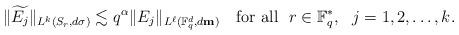
LaTeX: \begin{align*}\|\widetilde{E_j}\|_{L^{k}(S_r, d\sigma)}\lesssim q^\alpha \|E_j\|_{L^{\ell}(\mathbb F_q^d, d\textbf{m})}\quad\mbox{for all}~~ r\in \mathbb F_q^*,~~j=1,2,\ldots,k. \end{align*}